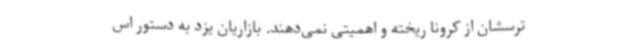
ترسشان از کرونا ریخته و اهمیتی نمی‌دهند. بازاریان یزد به دستور اس